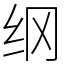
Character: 纲